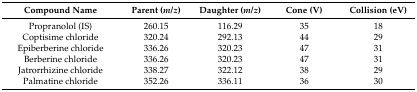
| Compound Name | Parent (m/z) | Daughter (m/z) | Cone (V) | Collision (eV) |
 | --- | --- | --- | --- | --- |
 | Propranolol (IS) | 260.15 | 116.29 | 35 | 18 |
 | Coptisime chloride | 320.24 | 292.13 | 44 | 29 |
 | Epiberberine chloride | 336.26 | 320.23 | 47 | 31 |
 | Berberine chloride | 336.26 | 320.23 | 47 | 31 |
 | Jatrorrhizine chloride | 338.27 | 322.12 | 38 | 29 |
 | Palmatine chloride | 352.26 | 336.11 | 36 | 30 |